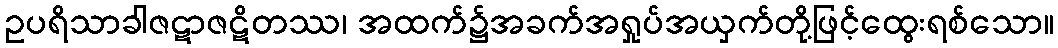
ဥပရိသာခါဇဋာဇဋိတဿ၊ အထက်၌အခက်အရှုပ်အယှက်တို့ဖြင့်ထွေးရစ်သော။